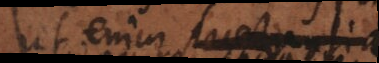
ut enim luctantia